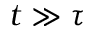
t \gg \tau